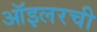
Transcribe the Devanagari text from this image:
ऑइलरची